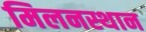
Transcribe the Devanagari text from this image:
मिलनस्थान